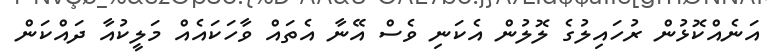
އަނެއްކޮޅުން ރުހައިލުގެ ލޮލުން އެކަނި ވެސް އޭނާ އެތައް ވާހަކައެއް މަލީކުއާ ދައްކަން